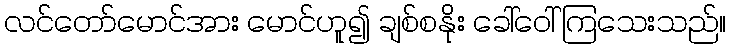
လင်တော်မောင်အား မောင်ဟူ၍ ချစ်စနိုး ခေါ်ဝေါ်ကြသေးသည်။